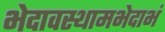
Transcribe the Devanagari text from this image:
भेदावस्थामभेदाभं